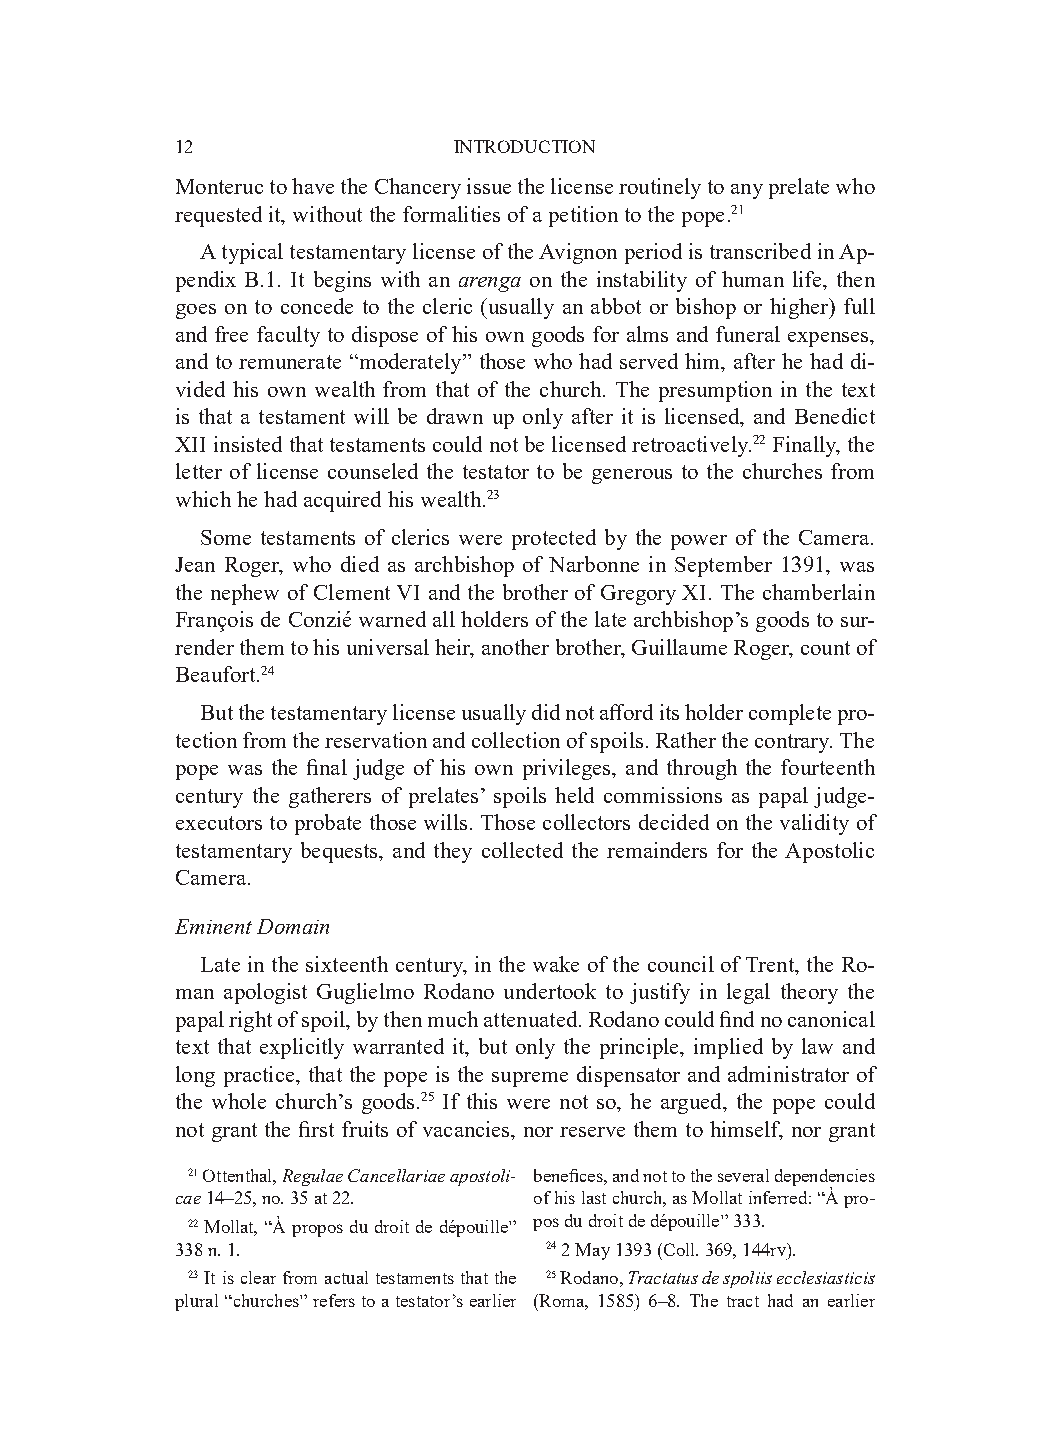
12                INTRODUCTION
 Monteruc to have the Chancery issue the license routinely to any prelate who
 requested it, without the formalities of a petition to the pope.21
 A typical testamentary license of the Avignon period is transcribed in Ap-
 pendix B.1. It begins with an arenga on the instability of human life, then
 goes on to concede to the cleric (usually an abbot or bishop or higher) full
 and free faculty to dispose of his own goods for alms and funeral expenses,
 and to remunerate “moderately” those who had served him, after he had di-
 vided his own wealth from that of the church. The presumption in the text
 is that a testament will be drawn up only after it is licensed, and Benedict
 XII insisted that testaments could not be licensed retroactively.22 Finally, the
 letter of license counseled the testator to be generous to the churches from
 which he had acquired his wealth.23
 Some testaments of clerics were protected by the power of the Camera.
 Jean Roger, who died as archbishop of Narbonne in September 1391, was
 the nephew of Clement VI and the brother of Gregory XI. The chamberlain
 François de Conzié warned all holders of the late archbishop’s goods to sur-
 render them to his universal heir, another brother, Guillaume Roger, count of
 Beaufort.24
 But the testamentary license usually did not afford its holder complete pro-
 tection from the reservation and collection of spoils. Rather the contrary. The
 pope was the final judge of his own privileges, and through the fourteenth
 century the gatherers of prelates’ spoils held commissions as papal judge-
 executors to probate those wills. Those collectors decided on the validity of
 testamentary bequests, and they collected the remainders for the Apostolic
 Camera.
 Eminent Domain
 Late in the sixteenth century, in the wake of the council of Trent, the Ro-
 man apologist Guglielmo Rodano undertook to justify in legal theory the
 papal right of spoil, by then much attenuated. Rodano could find no canonical
 text that explicitly warranted it, but only the principle, implied by law and
 long practice, that the pope is the supreme dispensator and administrator of
 the whole church’s goods.25 If this were not so, he argued, the pope could
 not grant the first fruits of vacancies, nor reserve them to himself, nor grant
 21 Ottenthal, Regulae Cancellariae apostoli­ benefices, and not to the several dependencies
 cae 14–25, no. 35 at 22. of his last church, as Mollat inferred: “À pro-
 22 Mollat, “À propos du droit de dépouille” pos du droit de dépouille” 333.
 338 n. 1.               24 2 May 1393 (Coll. 369, 144rv).
 23 It is clear from actual testaments that the 25 Rodano, Tractatus de spoliis ecclesiasticis
 plural “churches” refers to a testator’s earlier (Roma, 1585) 6–8. The tract had an earlier